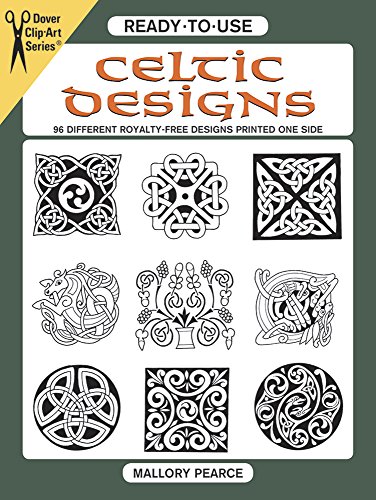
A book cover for Ready-to-Use Celtic Designs: 96 Different Royalty-Free Designs Printed One Side (Dover Clip Art Ready-to-Use); Mallory Pearce; Arts & Photography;